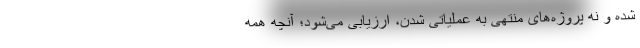
شده و نه پروژه‌های منتهی به عملیاتی شدن، ارزیابی می‌شود؛ آنچه همه